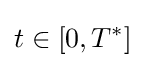
t\in [0,T^{*}]